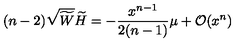
( n - 2 ) \sqrt { \widetilde W } \widetilde H = - \frac { x ^ { n - 1 } } { 2 ( n - 1 ) } \mu + { \cal O } ( x ^ { n } )